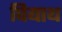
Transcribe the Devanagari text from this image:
घियाथ